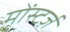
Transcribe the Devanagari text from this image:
मोंस्टर्ज़